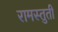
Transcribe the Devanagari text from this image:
रामस्तुती